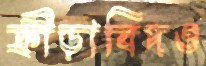
ক্রীড়াবিদও